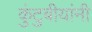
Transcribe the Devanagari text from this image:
कुंटुबीयांनी